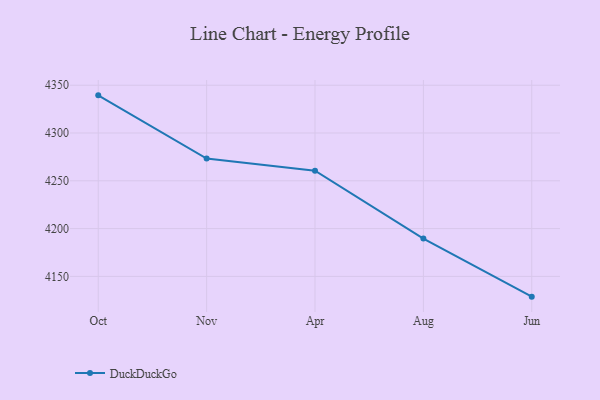
{"axis": {"x": "Month", "y": "Customer Acquisition Cost (USD)"}, "legend": ["DuckDuckGo"], "data": [{"x": "Oct", "y": 4339.4, "type": "DuckDuckGo"}, {"x": "Nov", "y": 4273.3, "type": "DuckDuckGo"}, {"x": "Apr", "y": 4260.6, "type": "DuckDuckGo"}, {"x": "Aug", "y": 4189.6, "type": "DuckDuckGo"}, {"x": "Jun", "y": 4128.8, "type": "DuckDuckGo"}]}